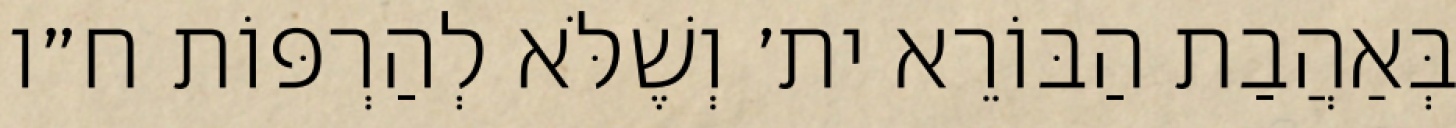
בְּאַהֲבַת הַבּוֹרֵא ית׳ וְשֶׁלֹּא לְהַרְפּוֹת ח״ו